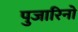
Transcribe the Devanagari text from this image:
पुजारिनो